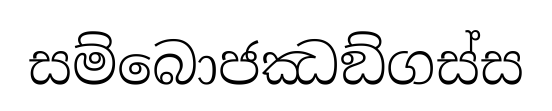
සම්බොජඣඞ්ගස්ස